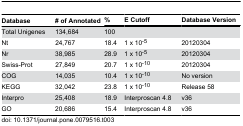
<table><thead><tr><td><b>Database</b></td><td><b># of Annotated</b></td><td><b>%</b></td><td><b>E Cutoff</b></td><td><b>Database Version</b></td></tr></thead><tbody><tr><td>Total Unigenes</td><td>134,684</td><td>100</td><td></td><td></td></tr><tr><td>Nt</td><td>24,767</td><td>18.4</td><td>1 x 10<sup>-5</sup></td><td>20120304</td></tr><tr><td>Nr</td><td>38,985</td><td>28.9</td><td>1 x 10<sup>-5</sup></td><td>20120304</td></tr><tr><td>Swiss-Prot</td><td>27,849</td><td>20.7</td><td>1 x 10<sup>-10</sup></td><td>20120304</td></tr><tr><td>COG</td><td>14,035</td><td>10.4</td><td>1 x 10<sup>-10</sup></td><td>No version</td></tr><tr><td>KEGG</td><td>32,042</td><td>23.8</td><td>1 x 10<sup>-10</sup></td><td>Release 58</td></tr><tr><td>Interpro</td><td>25,408</td><td>18.9</td><td>Interproscan 4.8</td><td>v36</td></tr><tr><td>GO</td><td>20,686</td><td>15.4</td><td>Interproscan 4.8</td><td>v36</td></tr></tbody></table>